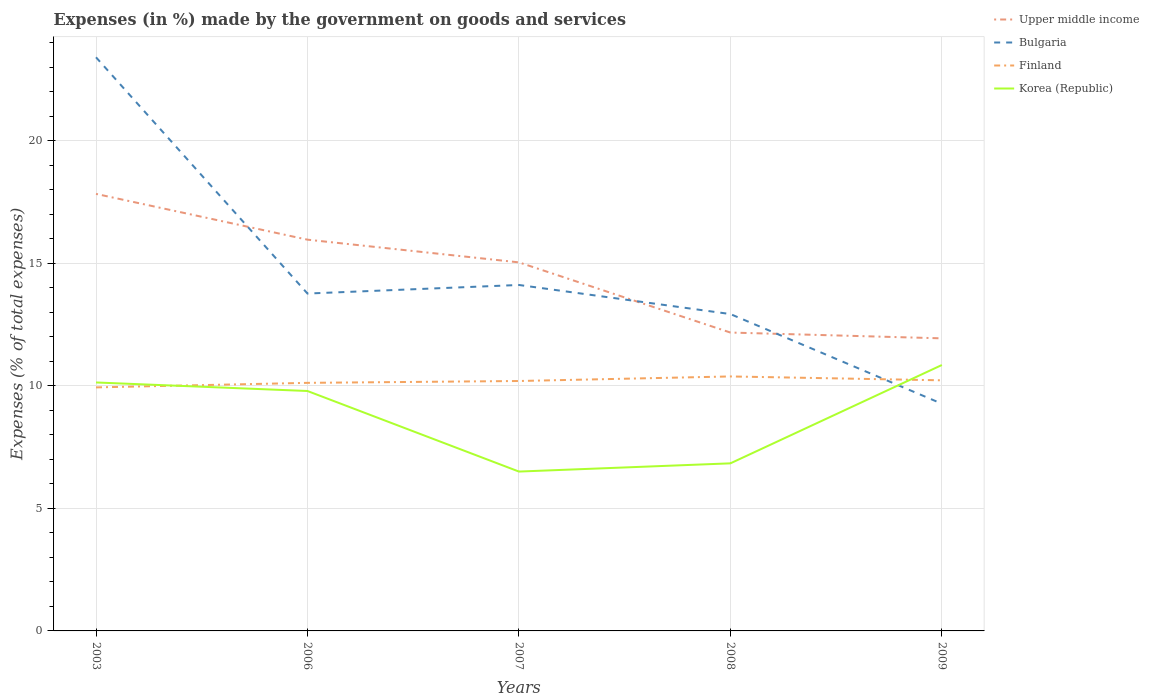
| Years | Upper middle income | Bulgaria | Finland | Korea (Republic) |
 | --- | --- | --- | --- | --- |
 | 2003 | 17.8 | 23.4 | 9.93 | 10.1 |
 | 2006 | 16 | 13.8 | 10.1 | 9.79 |
 | 2007 | 15 | 14.1 | 10.2 | 6.5 |
 | 2008 | 12.2 | 12.9 | 10.4 | 6.83 |
 | 2009 | 11.9 | 9.27 | 10.2 | 10.8 |